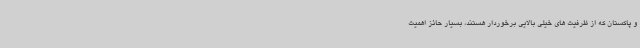
و پاکستان که از ظرفیت های خیلی بالایی برخوردار هستند، بسیار حائز اهمیت